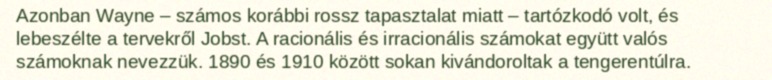
Azonban Wayne – számos korábbi rossz tapasztalat miatt – tartózkodó volt, és lebeszélte a tervekről Jobst. A racionális és irracionális számokat együtt valós számoknak nevezzük. 1890 és 1910 között sokan kivándoroltak a tengerentúlra.